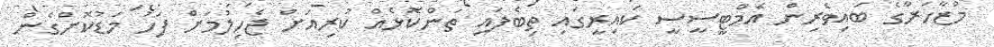
މުޒާހަރާގެ ބައިވެރިން އެމްޓީސީސީ ކައިރީގައި ތިބެފައި ތަންކޮޅެއް ކުރިއަށް ޖެހިލުމަށް ފަހު މަޑުކޮށްގެން